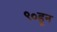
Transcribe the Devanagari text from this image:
९०हून